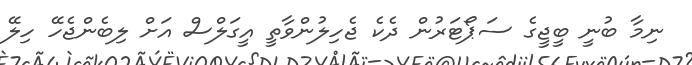
ނިމާ ބުނީ ބީޖީގެ ސަޕޯޓަރުން ދެކެ ޖެހިލުންވާތީ އީގަލްސް އަށް ލިބެންޖެހޭ ހިލޭ